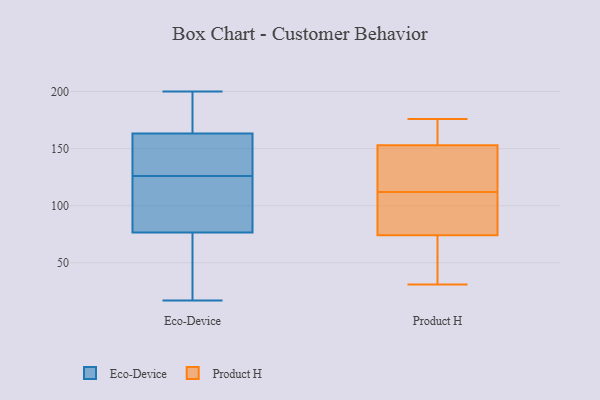
{"axis": {"x": "Temperature (°C)", "y": "Value"}, "legend": ["Eco-Device", "Product H"], "data": [{"x": "", "y": 167, "type": "Eco-Device"}, {"x": "", "y": 81, "type": "Eco-Device"}, {"x": "", "y": 165, "type": "Eco-Device"}, {"x": "", "y": 126, "type": "Eco-Device"}, {"x": "", "y": 60, "type": "Eco-Device"}, {"x": "", "y": 75, "type": "Eco-Device"}, {"x": "", "y": 29, "type": "Eco-Device"}, {"x": "", "y": 141, "type": "Eco-Device"}, {"x": "", "y": 200, "type": "Eco-Device"}, {"x": "", "y": 100, "type": "Eco-Device"}, {"x": "", "y": 141, "type": "Eco-Device"}, {"x": "", "y": 121, "type": "Eco-Device"}, {"x": "", "y": 55, "type": "Eco-Device"}, {"x": "", "y": 177, "type": "Eco-Device"}, {"x": "", "y": 173, "type": "Eco-Device"}, {"x": "", "y": 17, "type": "Eco-Device"}, {"x": "", "y": 158, "type": "Eco-Device"}, {"x": "", "y": 148, "type": "Eco-Device"}, {"x": "", "y": 113, "type": "Eco-Device"}, {"x": "", "y": 81, "type": "Product H"}, {"x": "", "y": 150, "type": "Product H"}, {"x": "", "y": 176, "type": "Product H"}, {"x": "", "y": 104, "type": "Product H"}, {"x": "", "y": 152, "type": "Product H"}, {"x": "", "y": 107, "type": "Product H"}, {"x": "", "y": 95, "type": "Product H"}, {"x": "", "y": 31, "type": "Product H"}, {"x": "", "y": 160, "type": "Product H"}, {"x": "", "y": 162, "type": "Product H"}, {"x": "", "y": 112, "type": "Product H"}, {"x": "", "y": 48, "type": "Product H"}, {"x": "", "y": 126, "type": "Product H"}, {"x": "", "y": 53, "type": "Product H"}, {"x": "", "y": 137, "type": "Product H"}, {"x": "", "y": 53, "type": "Product H"}, {"x": "", "y": 156, "type": "Product H"}]}